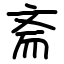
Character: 斋